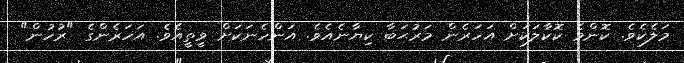
މަލެކެވެ. ކޮންމެ ކޮކާލަކަށް އަހަރެން މަރުޙަބާ ކިޔާނެއެވެ. އަންހެނަކަށް ވީތީއެވެ. އަހަރެންގެ "ރުހުން"